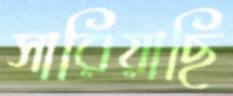
সারিয়াছি